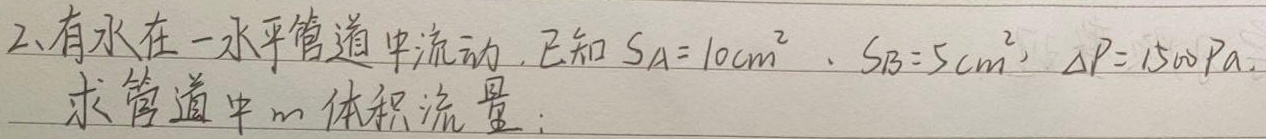
2、有水在一水平管道中流动. 已知 \(S_A = 10\mathrm{cm}^{2}\)，\(S_B = 5\mathrm{cm}^{2}\)，\(\Delta P = 1500\mathrm{Pa}\). 求管道中的体积流量；